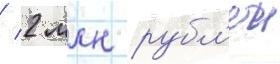
/ 2 млн рубл'еи